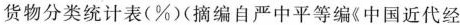
货物分类统计表(%)(摘编自严中平等编《中国近代经